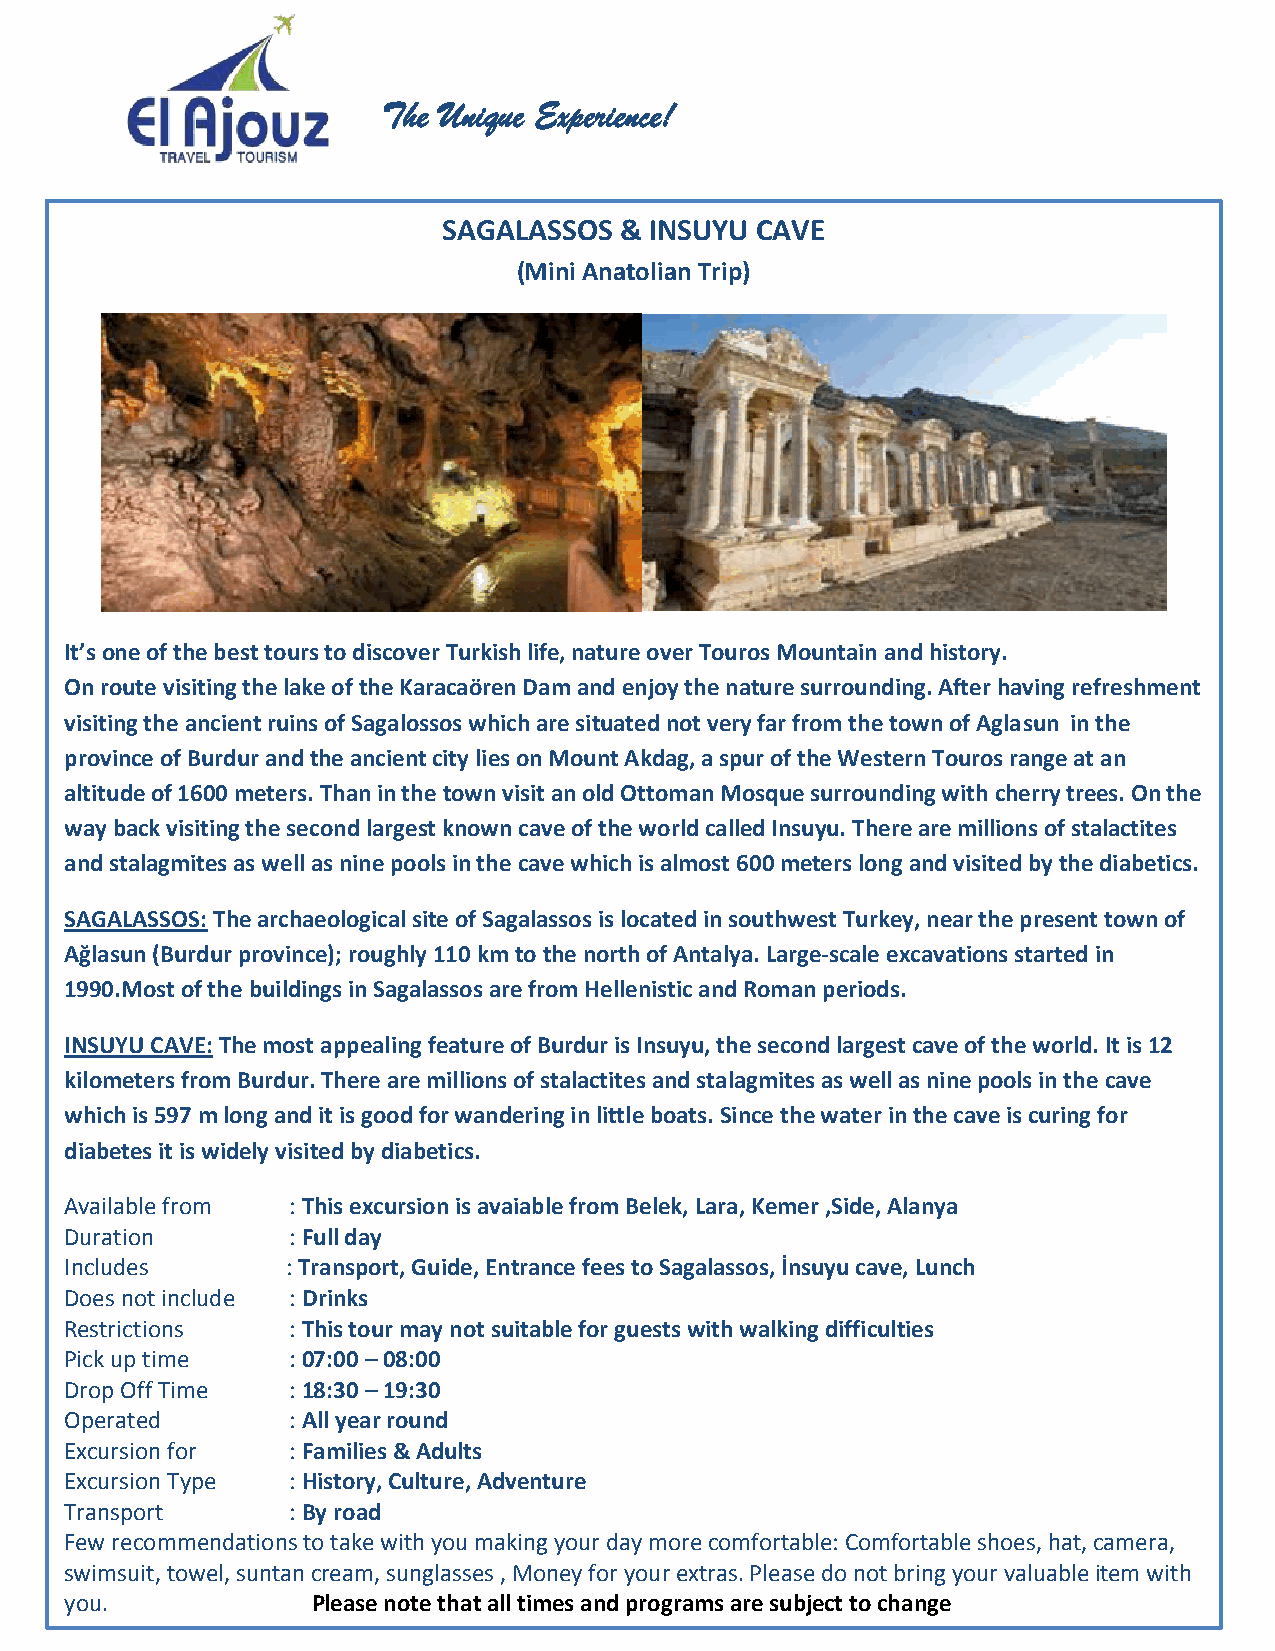
The Unique Experience!
 SAGALASSOS  & INSUYU CAVE
 (Mini Anatolian Trip)
 It’s one of the best tours to discover Turkish life, nature over Touros Mountain and history.
 On route vis iting the lake of the Karacaören Dam and enjoy the nature surrounding. After having refreshment
 visiting the ancient ruins of Sagalossos which are situated not very far from the town of Aglasun in the
 province of B urdur and the ancient city lies on Mount Akdag, a spur of the Western Touros range at an
 altitude of 1600 meters. Than in the town visit an old Ottoman Mosque surrounding with cherry trees. On the
 way back vis iting the second largest known cave of the world called Insuyu. There are millions of stalactites
 and stalagmites as well as nine pools in the cave which is almost 600 meters long and visited by the diabetics.
 SAGALASSOS: The archaeological site of Sagalassos is located in southwest Turkey, near the present town of
 Ağlasun (Burdur province); roughly 110 km to the north of Antalya. Large-scale excavations started in
 1990.Most of the buildings in Sagalassos are from Hellenistic and Roman periods.
 INSUYU CAV E: The most appealing feature of Burdur is Insuyu, the second largest cave of the world. It is 12
 kilometers from Burdur. There are millions of stalactites and stalagmites as well as nine pools in the cave
 which is 597 m long and it is good for wandering in little boats. Since the water in the cave is curing for
 diabetes it is widely visited by diabetics.
 Available from : This excursion is avaiable from Belek, Lara, Kemer ,Side, Alanya
 Duration       : Full day
 Includes       : Transport, Guide, Entrance fees to Sagalassos, İnsuyu cave, Lunch
 Does not include : Drinks
 Restrictions   : This tour may not suitable for guests with walking difficulties
 Pick up time   : 07:00 – 08:00
 Drop Off Time  : 18:30 – 19:30
 Operated       : All year round
 Excursion for  : Families & Adults
 Excursion Type : History, Culture, Adventure
 Transport      : By road
 Few recommendations to take with you making your day more comfortable: Comfortable shoes, hat, camera,
 swimsuit, towel, suntan cream, sunglasses , Money for your extras. Please do not bring your valuable item with
 you.             Please note that all times and programs are subject to change